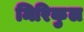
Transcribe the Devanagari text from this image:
मिरिकुल